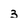
Character: 3